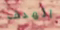
الهدف